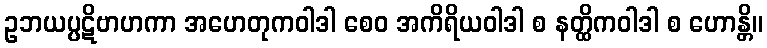
ဥဘယပ္ပဋိဗာဟကာ အဟေတုကဝါဒါ စေဝ အကိရိယဝါဒါ စ နတ္ထိကဝါဒါ စ ဟောန္တိ။